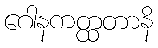
ဂေါနကတ္ထတာနိ